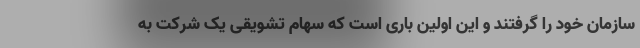
سازمان خود را گرفتند و این اولین باری است که سهام تشویقی یک شرکت به